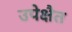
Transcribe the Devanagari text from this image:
उपेक्षैत